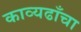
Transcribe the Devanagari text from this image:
काव्यढाँचा